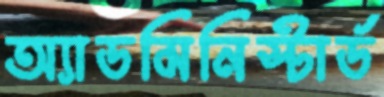
অ্যাডমিনিস্টার্ড